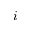
i